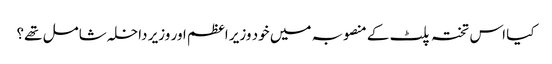
کیا اس تختہ پلٹ کے منصوبہ میں خود وزیر اعظم اور وزیر داخلہ شامل تھے؟